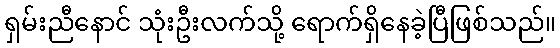
ရှမ်းညီနောင် သုံးဦးလက်သို့ ရောက်ရှိနေခဲ့ပြီဖြစ်သည်။